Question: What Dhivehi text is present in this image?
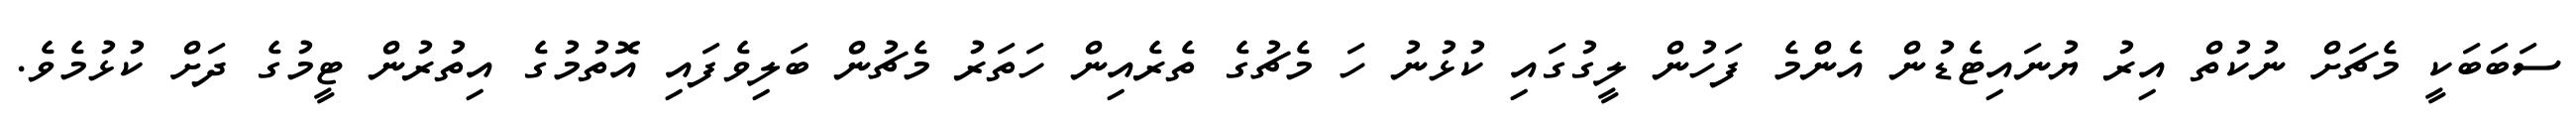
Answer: ސަބަބަކީ މެޗަށް ނުކުތް އިރު ޔުނައިޓެޑުން އެންމެ ފަހުން ލީގުގައި ކުޅުނު ހަ މެޗުގެ ތެރެއިން ހަތަރު މެޗުން ބަލިވެފައި އޮތުމުގެ އިތުރުން ޓީމުގެ ދަށް ކުޅުމެވެ.